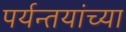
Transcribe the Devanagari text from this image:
पर्यन्तयांच्या